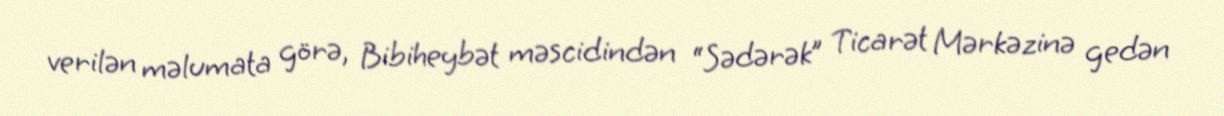
verilən məlumata görə, Bibiheybət məscidindən “Sədərək” Ticarət Mərkəzinə gedən